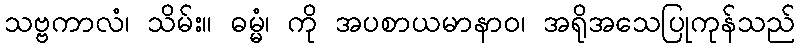
သဗ္ဗကာလံ၊ သိမ်း။ ဓမ္မံ၊ ကို အပစာယမာနာဝ၊ အရိုအသေပြုကုန်သည်